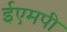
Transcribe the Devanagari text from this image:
ईएमपी